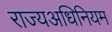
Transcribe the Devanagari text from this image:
राज्यअधिनियम